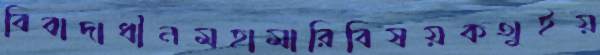
বিবাদাধীনমহামারিবিষয়কথুইয়